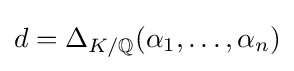
d=\Delta _{K/\mathbb {Q} }(\alpha _{1},\ldots ,\alpha _{n})